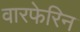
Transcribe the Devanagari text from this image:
वारफेरिन